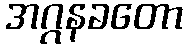
အဂ္ဂနခတော